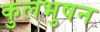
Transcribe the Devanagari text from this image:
कुलभुषन